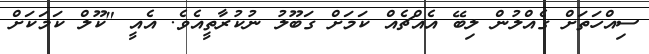
ސިއްހަތަށް ގެއްލުން ލިބޭ އެއްޗެއް ކަމަށް ގަބޫލު ނުކުރާތީއެވެ. އެއީ "ކޫލް ކަމަކަށް